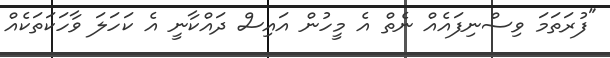
"ފުރަތަމަ ވިސްނިފައެއް ނެތް އެ މީހުން އައިސް ދައްކާނީ އެ ކަހަލަ ވާހަކަތަކެއް